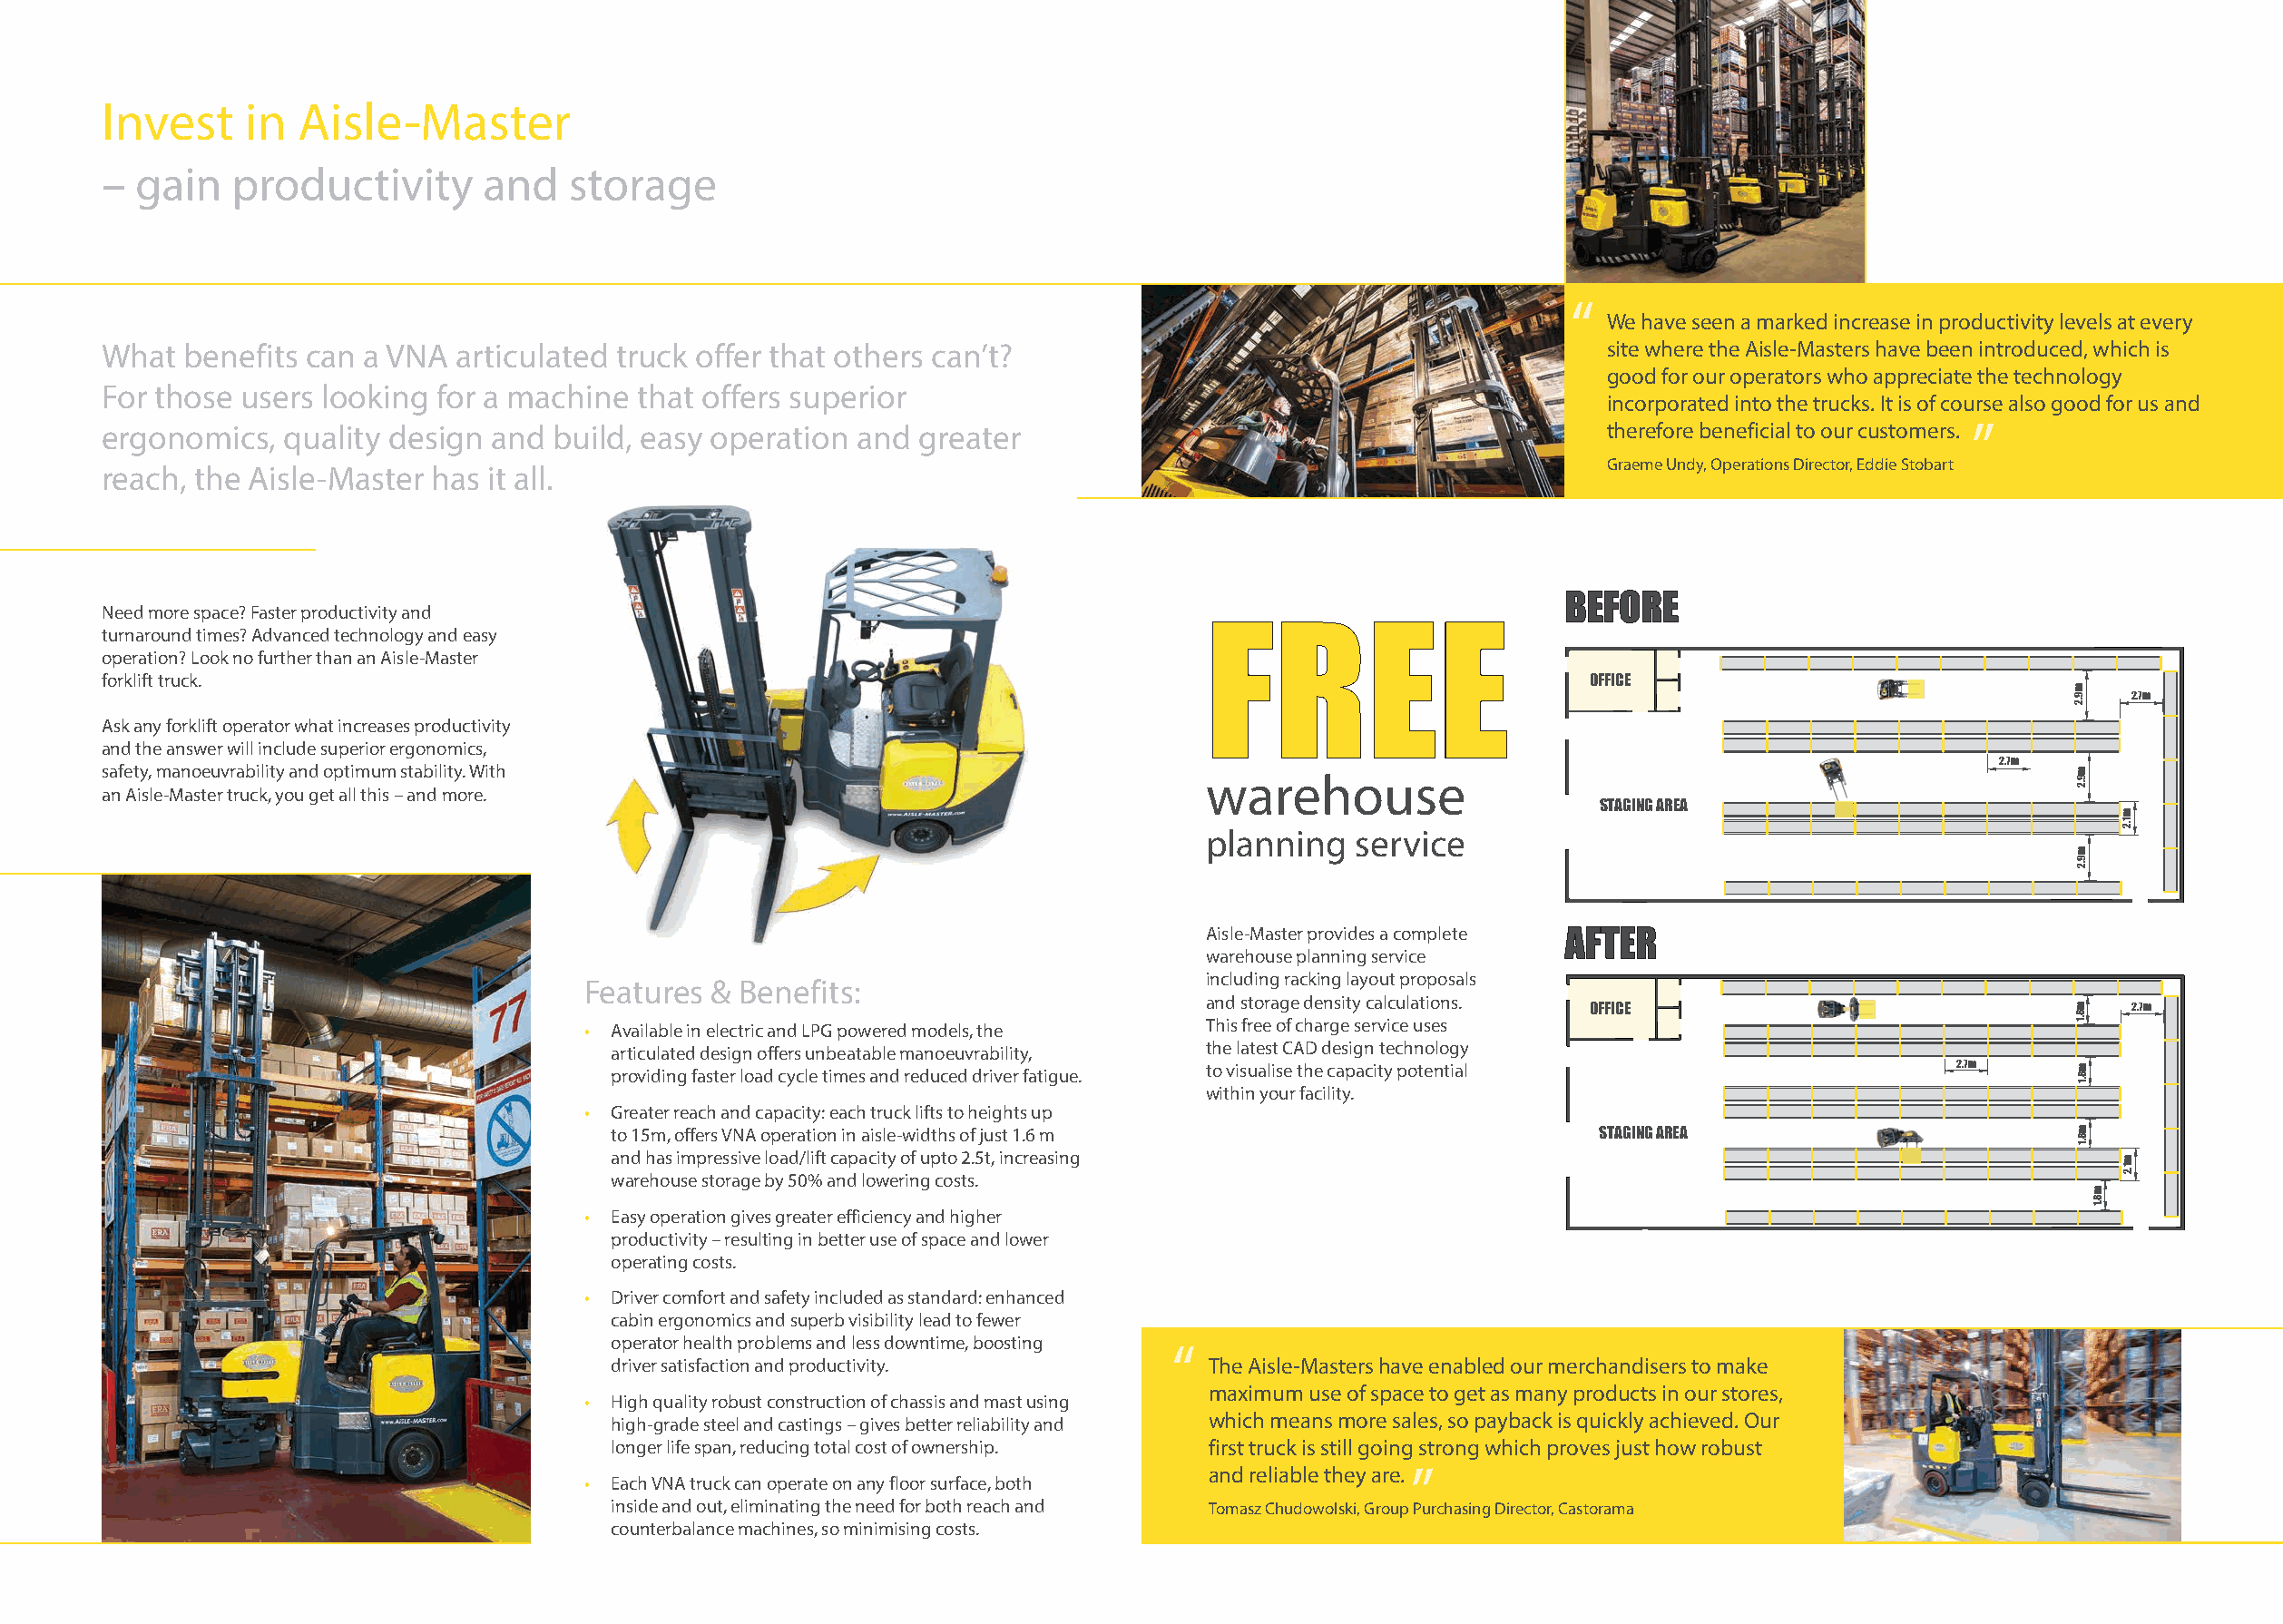
Invest     in  Aisle-Master
 –  gain   productivity      and    storage
 “
 We have seen a marked increase in productivity levels at every
 What  benefits can  a VNA articulated truck offer that others can’t?                                          site where the Aisle-Masters have been introduced, which is
 OFFgICoEod for our operators who appreciate the technology 2.7m
 For those  users looking for a machine that offers superior
 incorporated into the trucks. It is of course also good for us and
 ergonomics,   quality design and build, easy operation  and greater                                           therefore beneficial to our customers. ”
 2.7m
 Graeme Undy, Operations Director, Eddie Stobart
 reach, the Aisle-Master has  it all.
 STAGING AREA
 BEFORE
 Need more space? Faster productivity and
 turnaround times? Advanced technology and easy
 FREE
 operation? Look no further than an Aisle-Master
 forklift truck.                                                                                              OFFICE
 2.7m
 Ask any forklift operator what increases productivity
 and the answer will include superior ergonomics,
 2.7m
 safety, manoeuvrability and optimum stability. With
 warehouse
 an Aisle-Master truck, you get all this – and more.
 STAGING AREA
 planning   service
 Aisle-Master provides a complete AFTER
 warehouse planning service
 including racking layout proposals
 Features & Benefits:
 and storage density calculations.
 OFFICE                                  2.7m
 This free of charge service uses
 • Available in electric and LPG powered models, the
 the latest CAD design technology
 articulated design offers unbeatable manoeuvrability,
 to visualise the capacity potential                    2.7m providing faster load cycle times and reduced driver fatigue.
 within your facility.
 • Greater reach and capacity: each truck lifts to heights up
 to 15m, offers VNA operation in aisle-widths of just 1.6 m              STAGING AREA
 and has impressive load/lift capacity of upto 2.5t, increasing
 warehouse storage by 50% and lowering costs.
 • Easy operation gives greater efficiency and higher
 productivity – resulting in better use of space and lower
 operating costs.
 • Driver comfort and safety included as standard: enhanced
 cabin ergonomics and superb visibility lead to fewer                   OFFICE
 2.7m
 operator health problems and less downtime, boosting
 “
 driver satisfaction and productivity.      The Aisle-Masters have enabled our merchandisers to make
 maximum use of space to get as many products in our stores,
 • High quality robust construction of chassis and mast using                                           2.7m
 which means more sales, so payback is quickly achieved. Our
 high-grade steel and castings – gives better reliability and
 STAGING AREA
 longer life span, reducing total cost of ownership. first truck is still going strong which proves just how robust
 and reliable they are.”
 • Each VNA truck can operate on any floor surface, both
 inside and out, eliminating the need for both reach and Tomasz Chudowolski, Group Purchasing Director, Castorama
 counterbalance machines, so minimising costs.
 m8.1
 m8.1
 m8.1
 m9.2
 m9.2
 m9.2
 m8.1
 m8.1
 m8.1
 m9.2
 m9.2
 m9.2
 m8.1
 m8.1
 m1.2
 m1.2
 m1.2
 m1.2